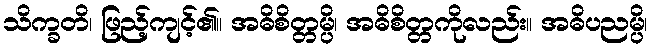
သိက္ခတိ၊ ဖြည့်ကျင့်၏။ အဓိစိတ္တမ္ပိ၊ အဓိစိတ္တကိုလည်း။ အဓိပညမ္ပိ၊